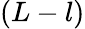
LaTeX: \left(L-l\right)